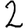
Digit: 2